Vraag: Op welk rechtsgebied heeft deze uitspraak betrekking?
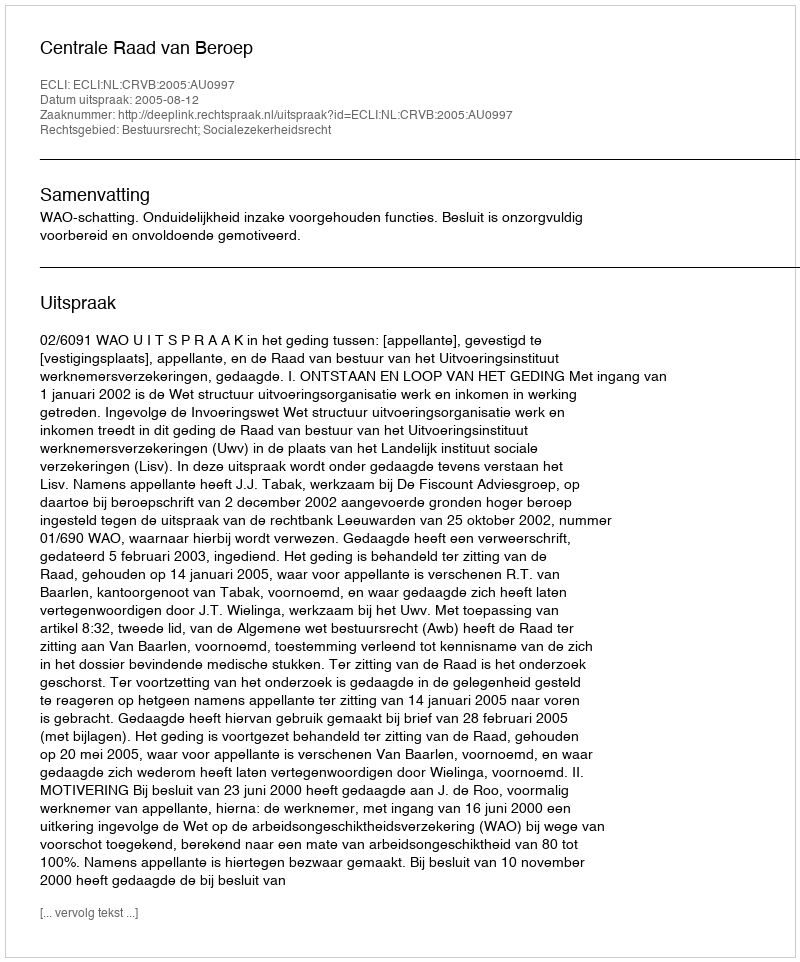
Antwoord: Bestuursrecht; Socialezekerheidsrecht